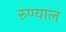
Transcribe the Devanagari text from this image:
रुण्याल